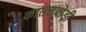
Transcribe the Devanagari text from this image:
कातलबोड़ी